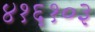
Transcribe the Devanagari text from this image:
४१६१०३